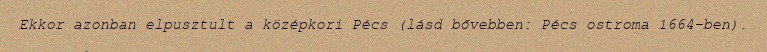
Ekkor azonban elpusztult a középkori Pécs (lásd bővebben: Pécs ostroma 1664-ben).